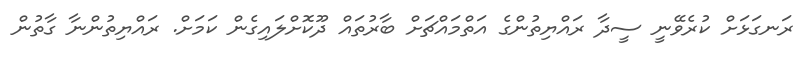
ރަނގަޅަށް ކުރެވޭނީ ސީދާ ރައްޔިތުންގެ އަތްމައްޗަށް ބާރުތައް ދޫކޮށްލައިގެން ކަމަށް. ރައްޔިތުންނާ ގާތުން